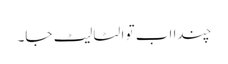
چندا اب تو الٹا لیٹ جا۔